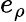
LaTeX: e_{\rho}